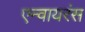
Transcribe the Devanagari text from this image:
एन्वायरंस